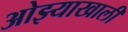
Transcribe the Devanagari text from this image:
ओझ्याखालीं